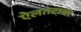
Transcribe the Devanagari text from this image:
ऐलतटावर